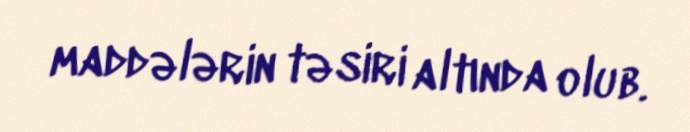
maddələrin təsiri altında olub.